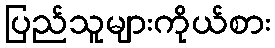
ပြည်သူများကိုယ်စား